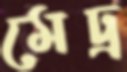
মেঢ্র